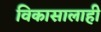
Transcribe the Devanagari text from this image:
विकासालाही